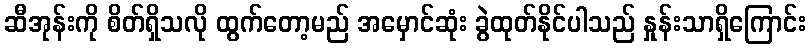
ဆီအုန်းကို စိတ်ရှိသလို ထွက်တော့မည် အမှောင်ဆုံး ခွဲထုတ်နိုင်ပါသည် နှုန်းသာရှိကြောင်း